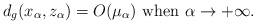
\begin{align*}d_g(x_\alpha, z_\alpha) = O(\mu_\alpha)\hbox{ when }\alpha\to +\infty.\end{align*}